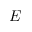
\boldsymbol { E }